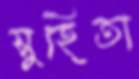
সুহিতা